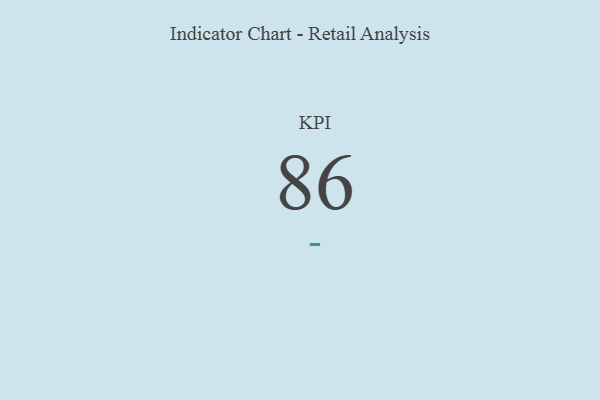
{"axis": {"x": "KPI", "y": "Value"}, "legend": [""], "data": [{"x": "KPI", "y": 86, "type": ""}]}